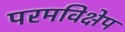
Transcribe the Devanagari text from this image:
परमविक्षेप